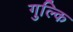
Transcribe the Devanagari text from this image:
गुल्कि